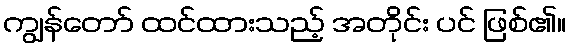
ကျွန်တော် ထင်ထားသည့် အတိုင်း ပင် ဖြစ်၏။